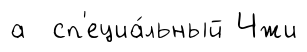
а сп'ециа́льный Чжи